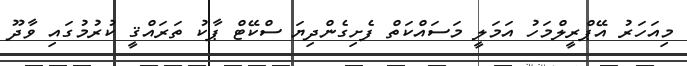
މިއަހަރު އޭޕްރީލްމަހު އަމަލީ މަސައްކަތް ފެށިގެންދިޔަ ސްކޭޓް ޕާކު ތަރައްޤީ ކުރުމުގައި ވާދޫ